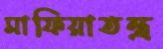
মাফিয়াতন্ত্র